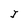
Character: J